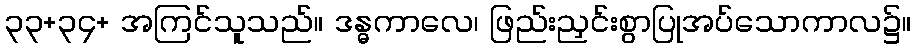
၃၃+၃၄+ အကြင်သူသည်။ ဒန္ဓကာလေ၊ ဖြည်းညှင်းစွာပြုအပ်သောကာလ၌။